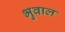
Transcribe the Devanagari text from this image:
भुवाल